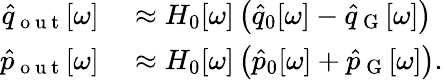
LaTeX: \begin{array}{rl}{\hat{q}_{\mathrm{~o~u~t~}}[\omega]}&{{}\approx H_{0}[\omega]\left(\hat{q}_{0}[\omega]-\hat{q}_{\mathrm{~G~}}[\omega]\right)}\\ {\hat{p}_{\mathrm{~o~u~t~}}[\omega]}&{{}\approx H_{0}[\omega]\left(\hat{p}_{0}[\omega]+\hat{p}_{\mathrm{~G~}}[\omega]\right).}\end{array}